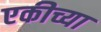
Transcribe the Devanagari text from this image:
एकीच्या